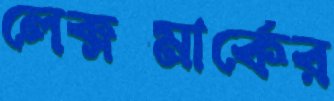
লেক্সমার্কের